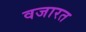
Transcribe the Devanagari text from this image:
वजारत